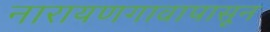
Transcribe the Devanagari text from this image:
नारायणगावापासून